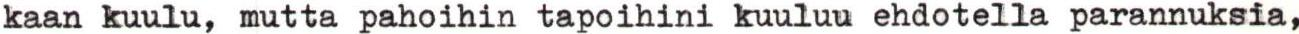
kaan kuulu, mutta pahoihin tapoihini kuuluu ehdotella parannuksia,